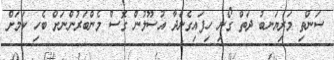
ސަންތި މަރިޔަނބު ދަތް ގޯނި ހިފައިގެންދާ އުސޫލުން ގޮސް މެންބަރުންނަށް ބެހި ކަމަށް